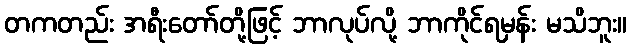
တကတည်း အရီးတော်တို့ဖြင့် ဘာလုပ်လို့ ဘာကိုင်ရမှန်း မသိဘူး။